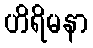
ဟိရိမနာ